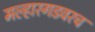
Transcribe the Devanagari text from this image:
मल्हारगडवरच